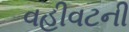
વહીવટની